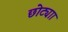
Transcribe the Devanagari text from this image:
छोट्याा